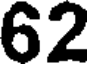
62